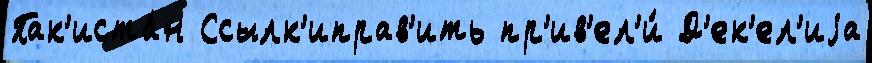
Пак'иста́н Ссылк'иправ'ить пр'ив'ел'и́ Д'ек'ел'иjа